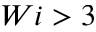
W i > 3